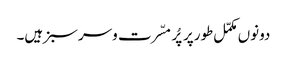
دونوں مکمّل طورپر پُر مسّرت وسرسبز ہیں۔